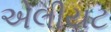
એલીયટ